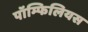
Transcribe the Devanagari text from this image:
पॉम्फिलियस